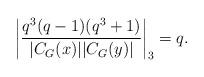
LaTeX: \begin{align*}\left| \frac{q^3(q-1)(q^3+1)}{|C_G(x)||C_G(y)|}\right| _3=q.\end{align*}